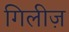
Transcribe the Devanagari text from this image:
गिलीज़